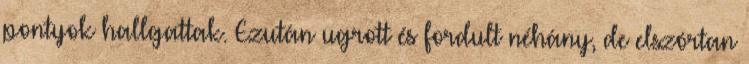
pontyok hallgattak. Ezután ugrott és fordult néhány, de elszórtan